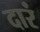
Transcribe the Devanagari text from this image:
दारं